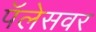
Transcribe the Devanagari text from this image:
पॅलेसवर